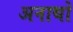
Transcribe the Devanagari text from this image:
अनाथो